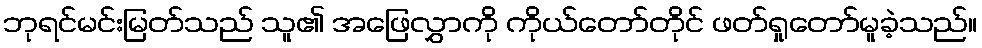
ဘုရင်မင်းမြတ်သည် သူ၏ အဖြေလွှာကို ကိုယ်တော်တိုင် ဖတ်ရှုတော်မူခဲ့သည်။